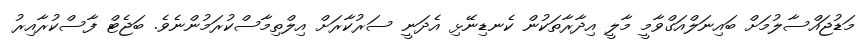
މަޑުޖައްސާލުމަށް ބައިނަލްއަގްވާމީ މާލީ އިދާރާތަކުން ކެނޑިނޭޅި އެދަނީ ސަރުކާރަށް އިލްތިމާސްކުރަމުންނެވެ. ބަޖެޓް ފާސްކުރާއިރު